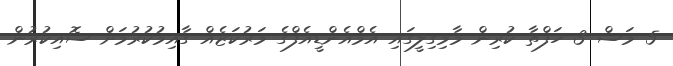
5 މަސް 3 ހަފްތާ ކުރިން މާމިގިލީގައި އެމްއެންޑީއެފްގެ މަރުކަޒެއް ގާއިމުކުރުމަށް ސޮއިކުރުން